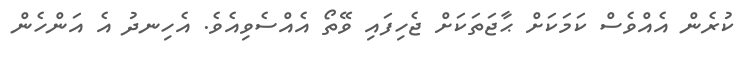
ކުރެން އެއްވެސް ކަމަކަށް ޙާޖަތަކަށް ޖެހިފައި ވޭތޯ އެއްސެވިއެވެ. އެހިނދު އެ އަންހެން